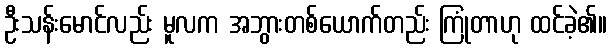
ဦးသန်းမောင်လည်း မူလက အဘွားတစ်ယောက်တည်း ကြုံတာဟု ထင်ခဲ့၏။